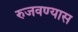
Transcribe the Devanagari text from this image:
रुजवण्यास